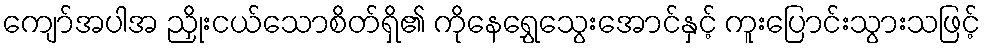
ကျော်အပါအ ညှိုးငယ်သောစိတ်ရှိ၏ ကိုနေရွှေသွေးအောင်နှင့် ကူးပြောင်းသွားသဖြင့်